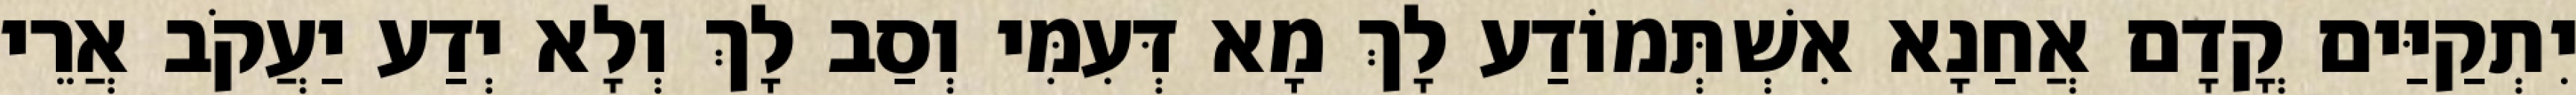
יִתְקַיַּים קֳדָם אֲחַנָא אִשְׁתְּמוֹדַע לָךְ מָא דְּעִמִּי וְסַב לָךְ וְלָא יְדַע יַעֲקֹב אֲרֵי